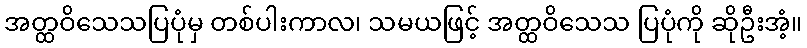
အတ္ထဝိသေသပြပုံမှ တစ်ပါးကာလ၊ သမယဖြင့် အတ္ထဝိသေသ ပြပုံကို ဆိုဦးအံ့။